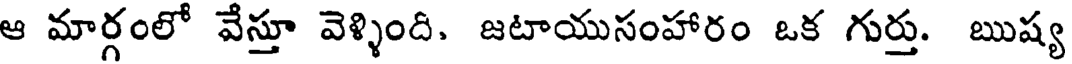
ఆ మార్గంలో వేస్తూ వెళ్ళింది. జటాయుసంహారం ఒక గుర్తు. ఋష్య